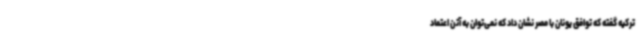
ترکیه گفته که توافق یونان با مصر نشان داد که نمی‌توان به آتن اعتماد